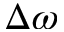
\Delta \omega